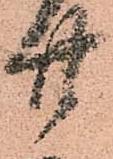
廿